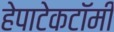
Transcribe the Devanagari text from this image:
हेपाटेकटॉमी